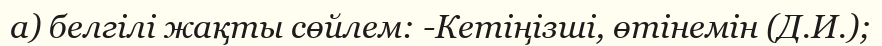
а) белгiлi жақты сөйлем: -Кетiңiзшi, өтiнемiн (Д.И.);